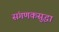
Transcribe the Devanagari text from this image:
संगणकसुद्धा